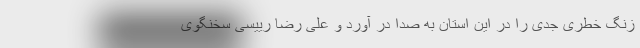
زنگ خطری جدی را در این استان به صدا در آورد و علی رضا رییسی سخنگوی